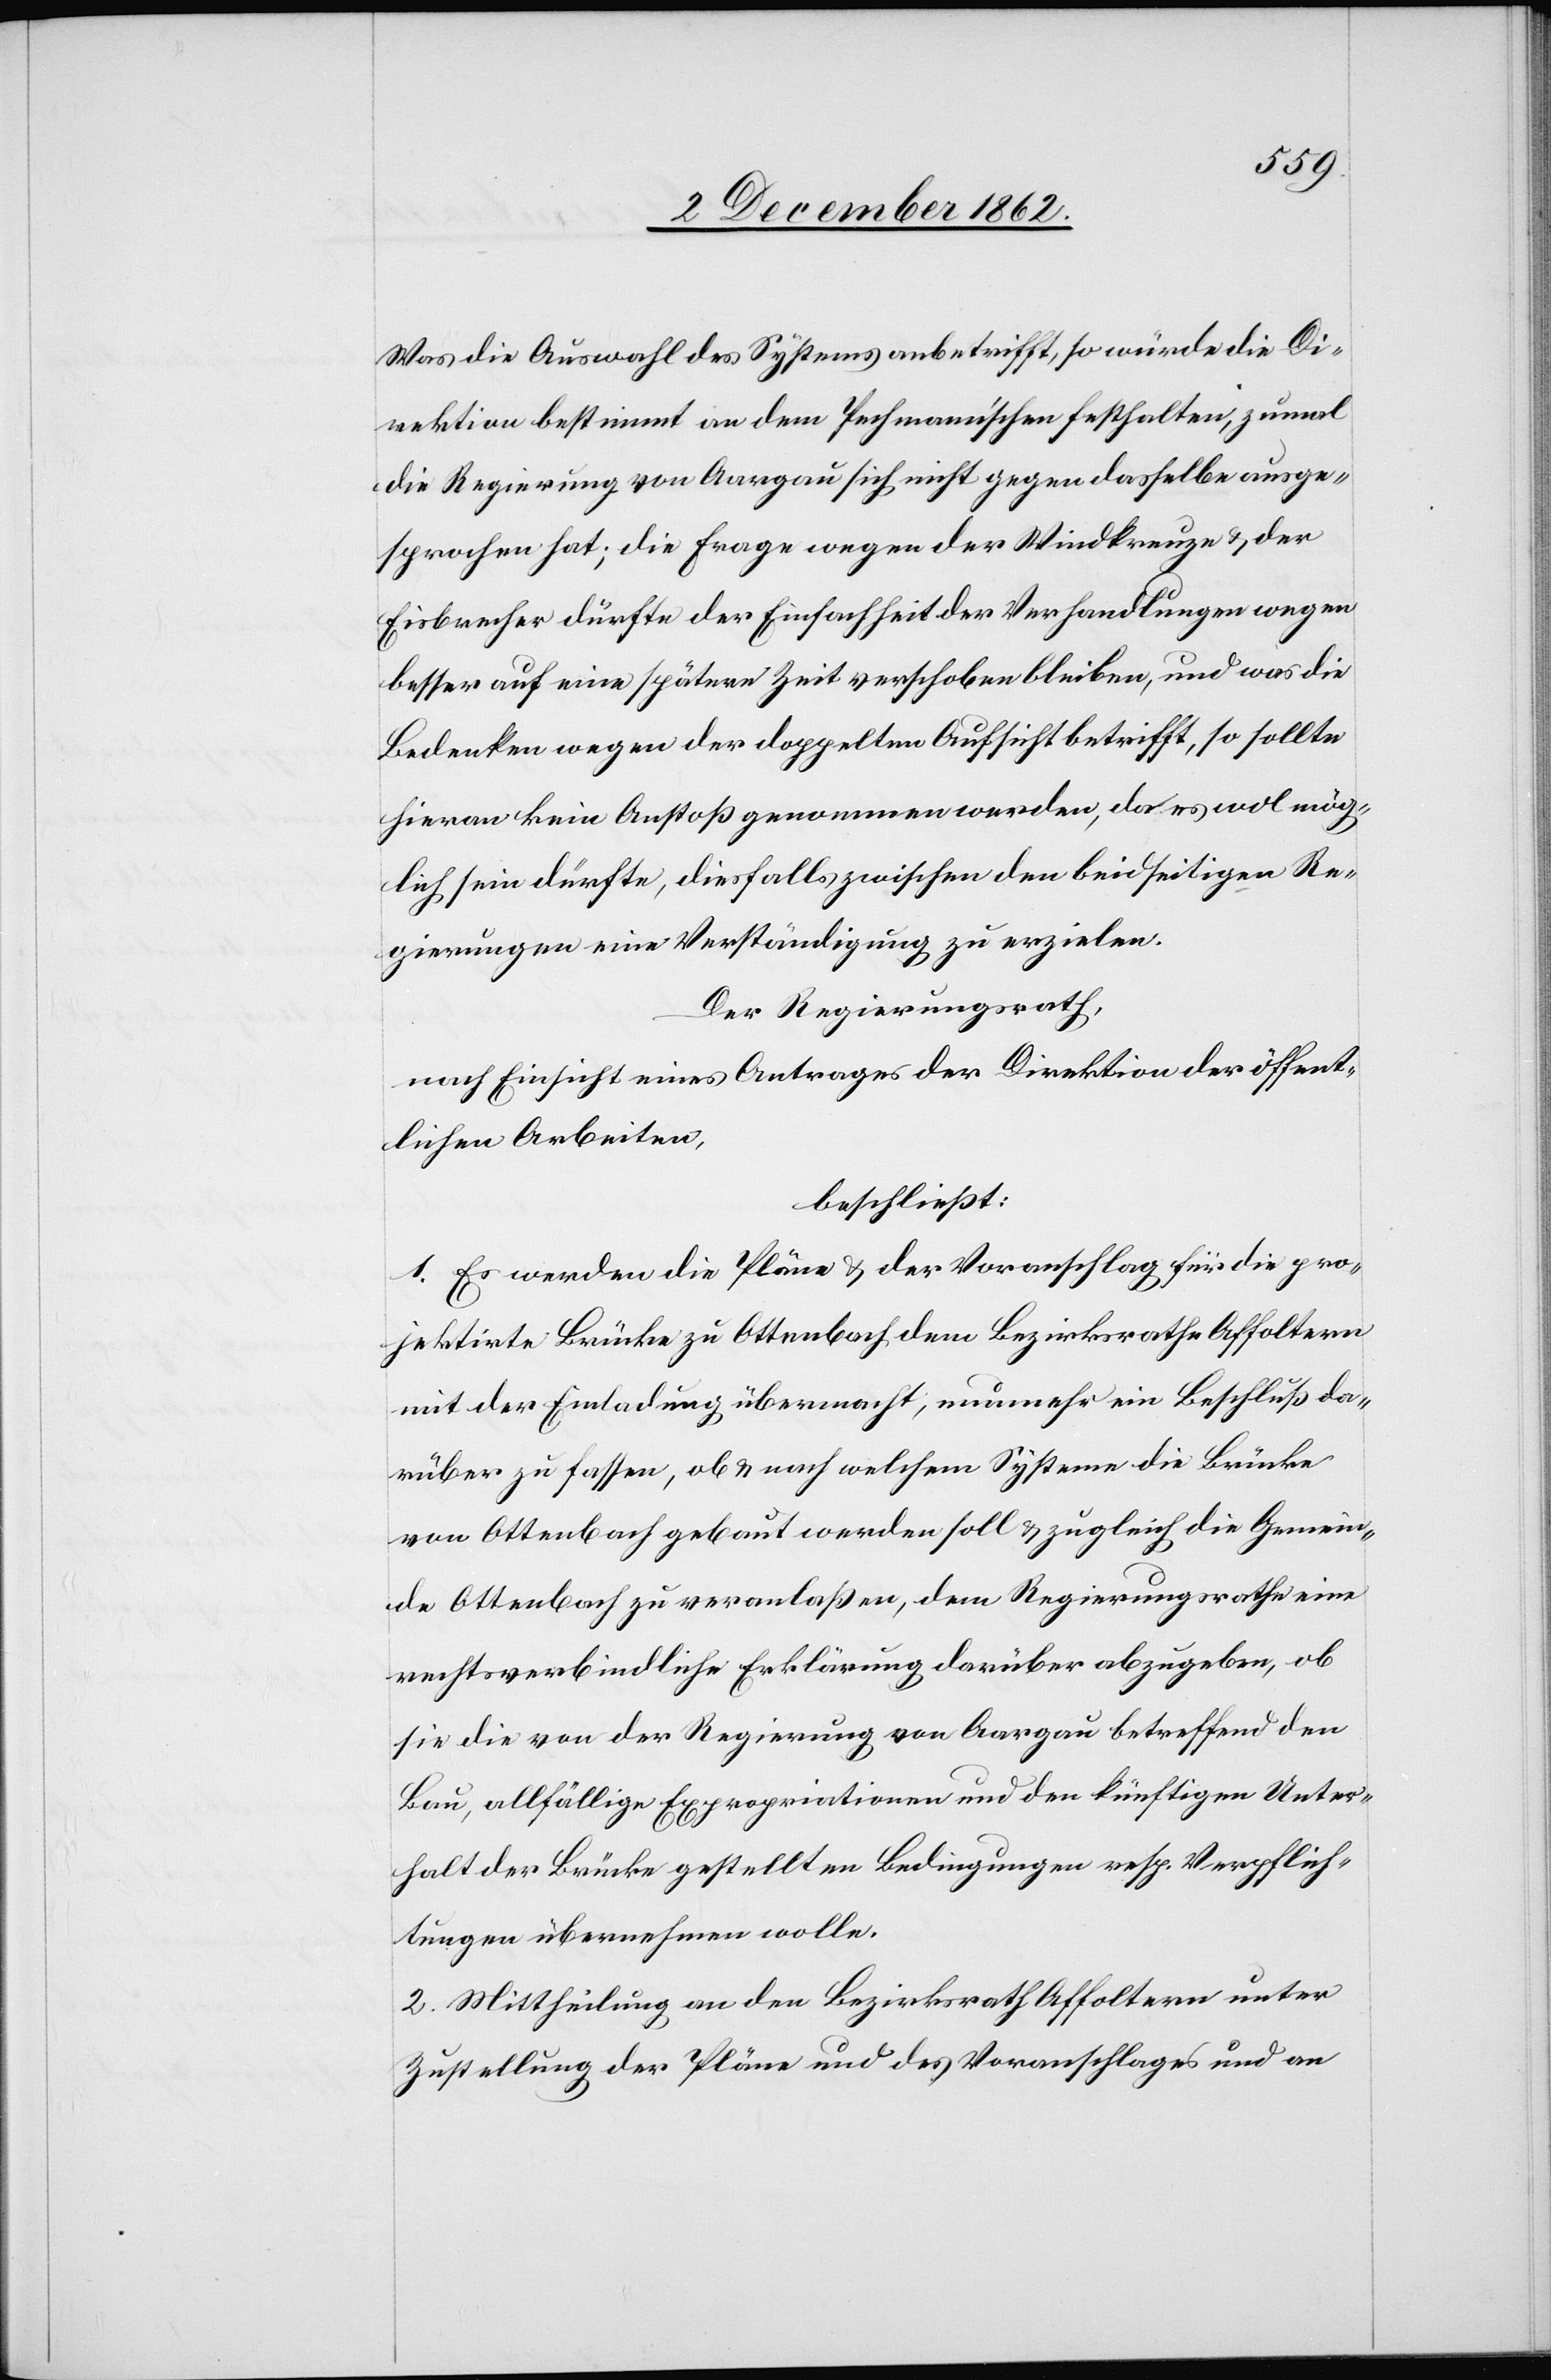
Was die Auswahl des Systems anbetrifft, so würde die Di¬
rektion bestimmt an dem Pechmann’schen festhalten, zumal
die Regierung von Aargau sich nicht gegen dasselbe ausge¬
sprochen hat; die Frage wegen der Windkreuze u. der
Eisbrecher dürfte der Einfachheit der Verhandlungen wegen
besser auf eine spätere Zeit verschoben bleiben, und was die
Bedenken wegen der gedoppelten Aufsicht betrifft, so sollte
hieran kein Anstoß genommen werden, da es wol mög¬
lich sein dürfte, diesfalls zwischen den beiseitigen Re¬
gierungen eine Verständigung zu erzielen.
Der Regierungsrath,
nach Einsicht eines Antrages der Direktion der öffent¬
lichen Arbeiten,
beschließt:
1. Es werden die Pläne u. der Voranschlag für die pro¬
jektirte Brücke zu Ottenbach dem Bezirksrathe Affoltern
mit der Einladung übermacht, nunmehr ein Beschluß da¬
rüber zu faßen, ob u. nach welchem System die Brücke
von Ottenbach gebaut werden soll u. zugleich die Gemein¬
de Ottenbach zu veranlaßen, dem Regierungsrathe eine
rechtsverbindliche Erklärung darüber abzugeben, ob
sie die von der Regierung von Aargau betreffend den
Bau allfällige Expropriationen und den künftigen Unter¬
halt der Brücke gestellten Bedingungen resp. Verpflich¬
tungen übernehmen wolle.
2. Mittheilung an den Bezirksrath Affoltern unter
Zustellung der Pläne und des Voranschlages und an